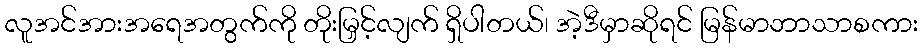
လူအင်အားအရေအတွက်ကို တိုးမြှင့်လျက် ရှိပါတယ်၊ အဲ့ဒီမှာဆိုရင် မြန်မာဘာသာစကား